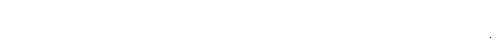
ထွက်မြောက်တတ်ကုန်၏။ ဣတိ တသ္မာ၊ ကြောင့်။ နိဿရဏံ၊ မည်၏။ (ကာမတော နိဿရန္တိ